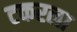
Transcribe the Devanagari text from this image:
टकरला